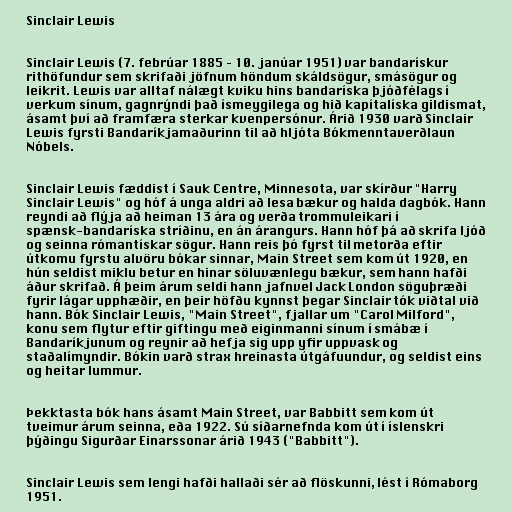
Sinclair Lewis

Sinclair Lewis (7. febrúar 1885 – 10. janúar 1951) var bandarískur
rithöfundur sem skrifaði jöfnum höndum skáldsögur, smásögur og
leikrit. Lewis var alltaf nálægt kviku hins bandaríska þjóðfélags í
verkum sínum, gagnrýndi það ísmeygilega og hið kapítalíska gildismat,
ásamt því að framfæra sterkar kvenpersónur. Árið 1930 varð Sinclair
Lewis fyrsti Bandaríkjamaðurinn til að hljóta Bókmenntaverðlaun
Nóbels.

Sinclair Lewis fæddist í Sauk Centre, Minnesota, var skírður "Harry
Sinclair Lewis" og hóf á unga aldri að lesa bækur og halda dagbók. Hann
reyndi að flýja að heiman 13 ára og verða trommuleikari í
spænsk-bandaríska stríðinu, en án árangurs. Hann hóf þá að skrifa ljóð
og seinna rómantískar sögur. Hann reis þó fyrst til metorða eftir
útkomu fyrstu alvöru bókar sinnar, Main Street sem kom út 1920, en
hún seldist miklu betur en hinar söluvænlegu bækur, sem hann hafði
áður skrifað. Á þeim árum seldi hann jafnvel Jack London söguþræði
fyrir lágar upphæðir, en þeir höfðu kynnst þegar Sinclair tók viðtal við
hann. Bók Sinclair Lewis, "Main Street", fjallar um "Carol Milford",
konu sem flytur eftir giftingu með eiginmanni sínum í smábæ í
Bandaríkjunum og reynir að hefja sig upp yfir uppvask og
staðalímyndir. Bókin varð strax hreinasta útgáfuundur, og seldist eins
og heitar lummur.

Þekktasta bók hans ásamt Main Street, var Babbitt sem kom út
tveimur árum seinna, eða 1922. Sú síðarnefnda kom út í íslenskri
þýðingu Sigurðar Einarssonar árið 1943 ("Babbitt").

Sinclair Lewis sem lengi hafði hallaði sér að flöskunni, lést í Rómaborg
1951.